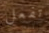
تفعل